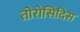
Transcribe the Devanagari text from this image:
तोरोसिदिस